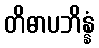
တိဓာပဘိန္နံ